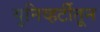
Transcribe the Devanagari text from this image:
युनिव्हर्टीतून